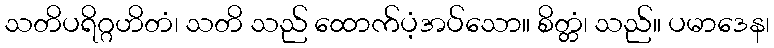
သတိပရိဂ္ဂဟိတံ၊ သတိ သည် ထောက်ပံ့အပ်သော။ စိတ္တံ၊ သည်။ ပမာဒေန၊